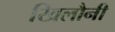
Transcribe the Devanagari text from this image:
खिलौनी